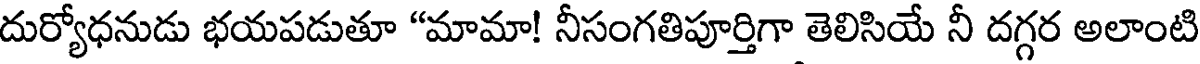
దుర్యోధనుడు భయపడుతూ "మామా! నీసంగతిపూర్తిగా తెలిసియే నీ దగ్గర అలాంటి